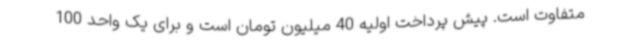
متفاوت است. پیش پرداخت اولیه 40 میلیون تومان است و برای یک واحد 100